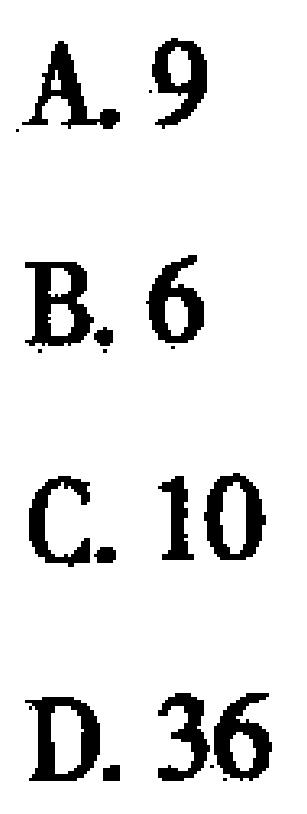
A. 9

B. 6

C. 10

D. 36